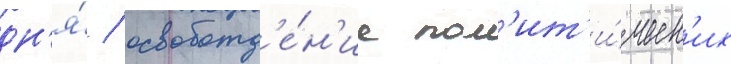
дн'я́ / освобожд'е́н'ие пол'ит'и́ческ'их